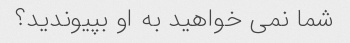
شما نمی خواهید به او بپیوندید؟